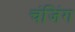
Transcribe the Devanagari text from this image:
चंजिंग